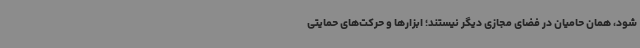
شود، همان حامیان در فضای مجازی دیگر نیستند؛ ابزارها و حرکت‌های حمایتی